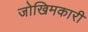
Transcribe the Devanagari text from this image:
जोखिमकारी